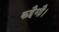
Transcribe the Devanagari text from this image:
कहैगौ।